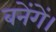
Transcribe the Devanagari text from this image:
बनेंगें।